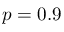
p = 0 . 9